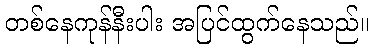
တစ်နေကုန်နီးပါး အပြင်ထွက်နေသည်။